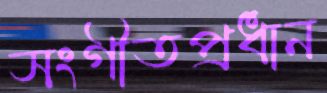
সংগীতপ্রধান